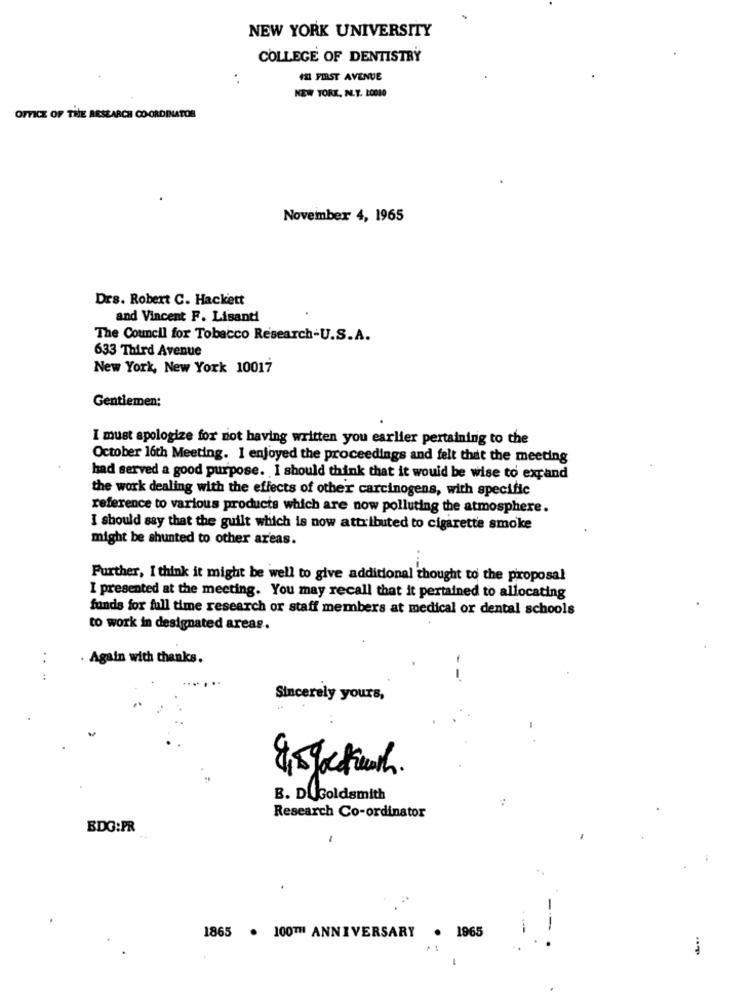
NEW YORK UNIVERSITY
COLLEGE OF DENTISTRY
423 FIRST AVENUE
NEW YORK, N.Y. 1ODIO
OFFICE OF THE RESEARCH CO-ORDINATOR
November 4, 1965
Drs. Robert C. Hackett
and Vincent F. Lisanti
The Council for Tobacco Research-U.S.A.
633 Third Avenue
New York, New York 10017
Gentlemen:
I must apologize for not having written you earlier pertaining to the
October 16th Meeting. I enjoyed the proceedings and felt that the meeting
had served a good purpose. I should think that it would be wise to expand
the work dealing with the effects of other carcinogens, with specific
reference to various products which are now polluting the atmosphere.
I should say that the guilt which is now attributed to cigarette smoke
might be shunted to other areas.
Further, I think it might be well to give additional thought to the proposal
I presented at the meeting. You may recall that it pertained to allocating
funds for full time research or staff members at medical or dental schools
to work in designated areas.
..
Again with thanks.
..
--
Sincerely yours,
B. DUGoldsmith
Research Co-ordinator
BDG:PR
1865 . 100TH ANNIVERSARY . 1965
.